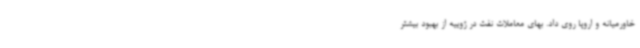
خاورمیانه و اروپا روی داد. بهای معاملات نفت در ژوییه از بهبود بیشتر